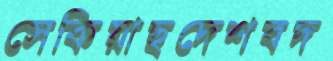
সেকিয়াছদেশবদ